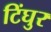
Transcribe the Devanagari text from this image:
टिंघुर